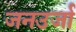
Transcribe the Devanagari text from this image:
जनउर्जा